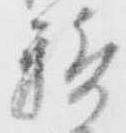
騎